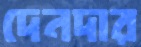
দেনদার